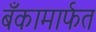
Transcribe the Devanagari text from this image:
बँकामार्फत